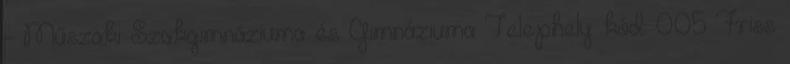
- Műszaki Szakgimnáziuma és Gimnáziuma Telephely kód: 005 Friss